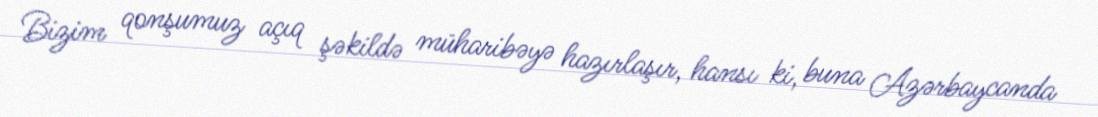
Bizim qonşumuz açıq şəkildə müharibəyə hazırlaşır, hansı ki, buna Azərbaycanda